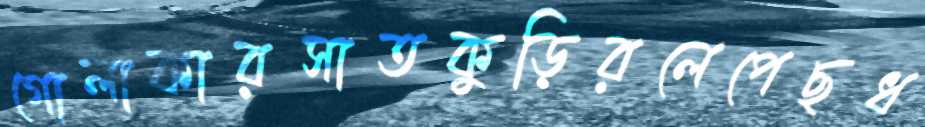
গোলাকারসাতকুড়িরলেপেছধ